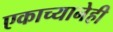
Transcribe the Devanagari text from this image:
एकाच्यानेही